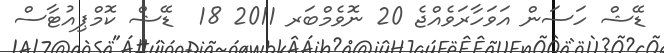
ޑޭޝް ހަސަން އަވަހާރަވެއްޖެ 20 ނޮވެމްބަރ 2011 18  ޑޭޝް ކޮމްޕިއުޓާސް